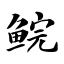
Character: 鲩